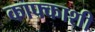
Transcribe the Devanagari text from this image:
काफ्काशी